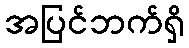
အပြင်ဘက်ရှိ